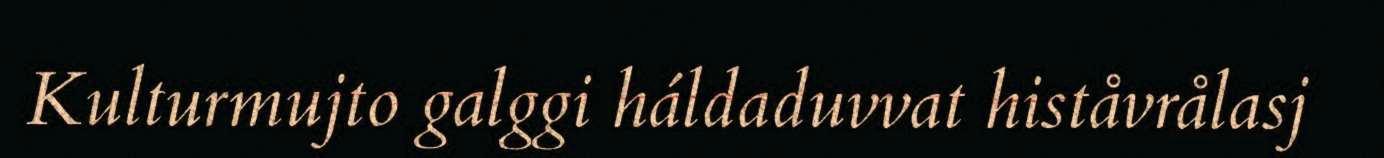
Kulturmujto galggi háldaduvvat histåvrålasj